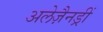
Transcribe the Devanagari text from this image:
अलेज़ैनड्रीं